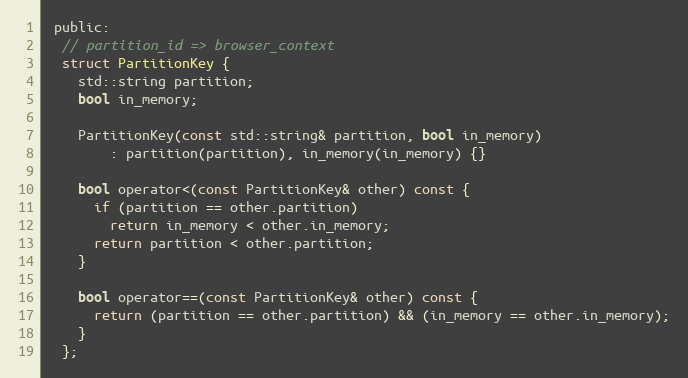
Language: C
 public:
  // partition_id => browser_context
  struct PartitionKey {
    std::string partition;
    bool in_memory;

    PartitionKey(const std::string& partition, bool in_memory)
        : partition(partition), in_memory(in_memory) {}

    bool operator<(const PartitionKey& other) const {
      if (partition == other.partition)
        return in_memory < other.in_memory;
      return partition < other.partition;
    }

    bool operator==(const PartitionKey& other) const {
      return (partition == other.partition) && (in_memory == other.in_memory);
    }
  };